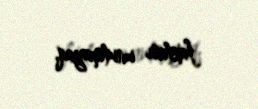
faktını unutmayaq.